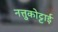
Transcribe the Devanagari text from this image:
नत्तुकोट्टाई